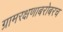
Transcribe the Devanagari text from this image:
ग्रामरक्षणाबरोबरच